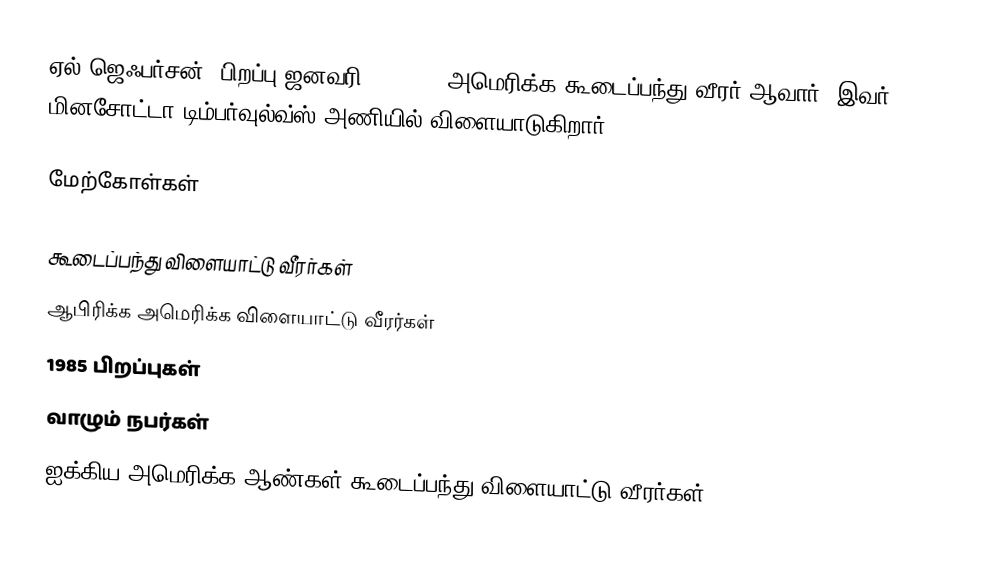
ஏல் ஜெஃபர்சன் (பிறப்பு ஜனவரி 4, 1985) அமெரிக்க கூடைப்பந்து வீரர் ஆவார். இவர் மினசோட்டா டிம்பர்வுல்வ்ஸ் அணியில் விளையாடுகிறார்.

மேற்கோள்கள்

கூடைப்பந்து விளையாட்டு வீரர்கள்
ஆபிரிக்க அமெரிக்க விளையாட்டு வீரர்கள்
1985 பிறப்புகள்
வாழும் நபர்கள்
ஐக்கிய அமெரிக்க ஆண்கள் கூடைப்பந்து விளையாட்டு வீரர்கள்